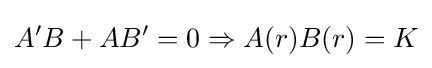
A'B+AB'=0\Rightarrow A(r)B(r)=K